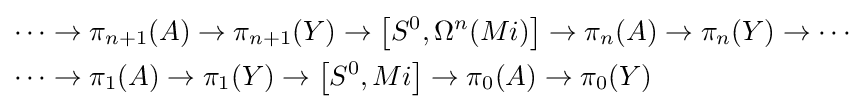
{\begin{aligned}\cdots &\to \pi _{n+1}(A)\to \pi _{n+1}(Y)\to \left[S^{0},\Omega ^{n}(Mi)\right]\to \pi _{n}(A)\to \pi _{n}(Y)\to \cdots \\\cdots &\to \pi _{1}(A)\to \pi _{1}(Y)\to \left[S^{0},Mi\right]\to \pi _{0}(A)\to \pi _{0}(Y)\end{aligned}}